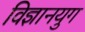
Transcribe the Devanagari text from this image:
विज्ञानयुग